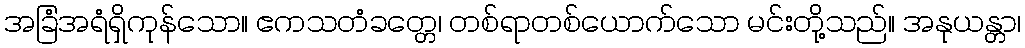
အခြံအရံရှိကုန်သော။ ဧကသတံခတ္တေ၊ တစ်ရာတစ်ယောက်သော မင်းတို့သည်။ အနုယန္တာ၊